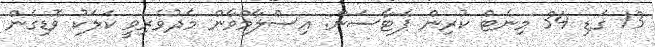
13 ގަޑި 34 މިނެޓް ކުރިން ޕެޓާސަން: އިސްލާމްވާން މެދުވެރިވީ ކަލަކު ވޮޑިގެން